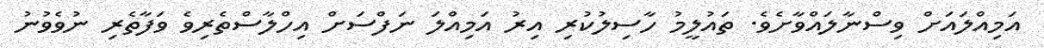
އަމިއްލައަށް ވިސްނާލައްވާށެވެ. ތައުލީމު ހާސިލުކުރި އިރު އަމިއްލަ ނަފްސަށް އިހްލާސްތެރިވެ ވަފާތެރި ނުވެވުނު